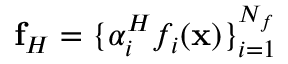
\mathbf { f } _ { H } = \{ \alpha _ { i } ^ { H } f _ { i } ( \mathbf { x } ) \} _ { i = 1 } ^ { N _ { f } }